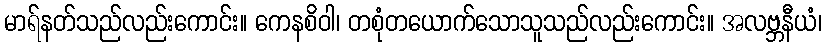
မာရ်နတ်သည်လည်းကောင်း။ ကေနစိဝါ၊ တစုံတယောက်သောသူသည်လည်းကောင်း။ အလဗ္ဘနီယံ၊